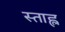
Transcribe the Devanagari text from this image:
स्ताह्ल